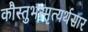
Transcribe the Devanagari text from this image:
कौस्तुभस्मृत्यर्थसार